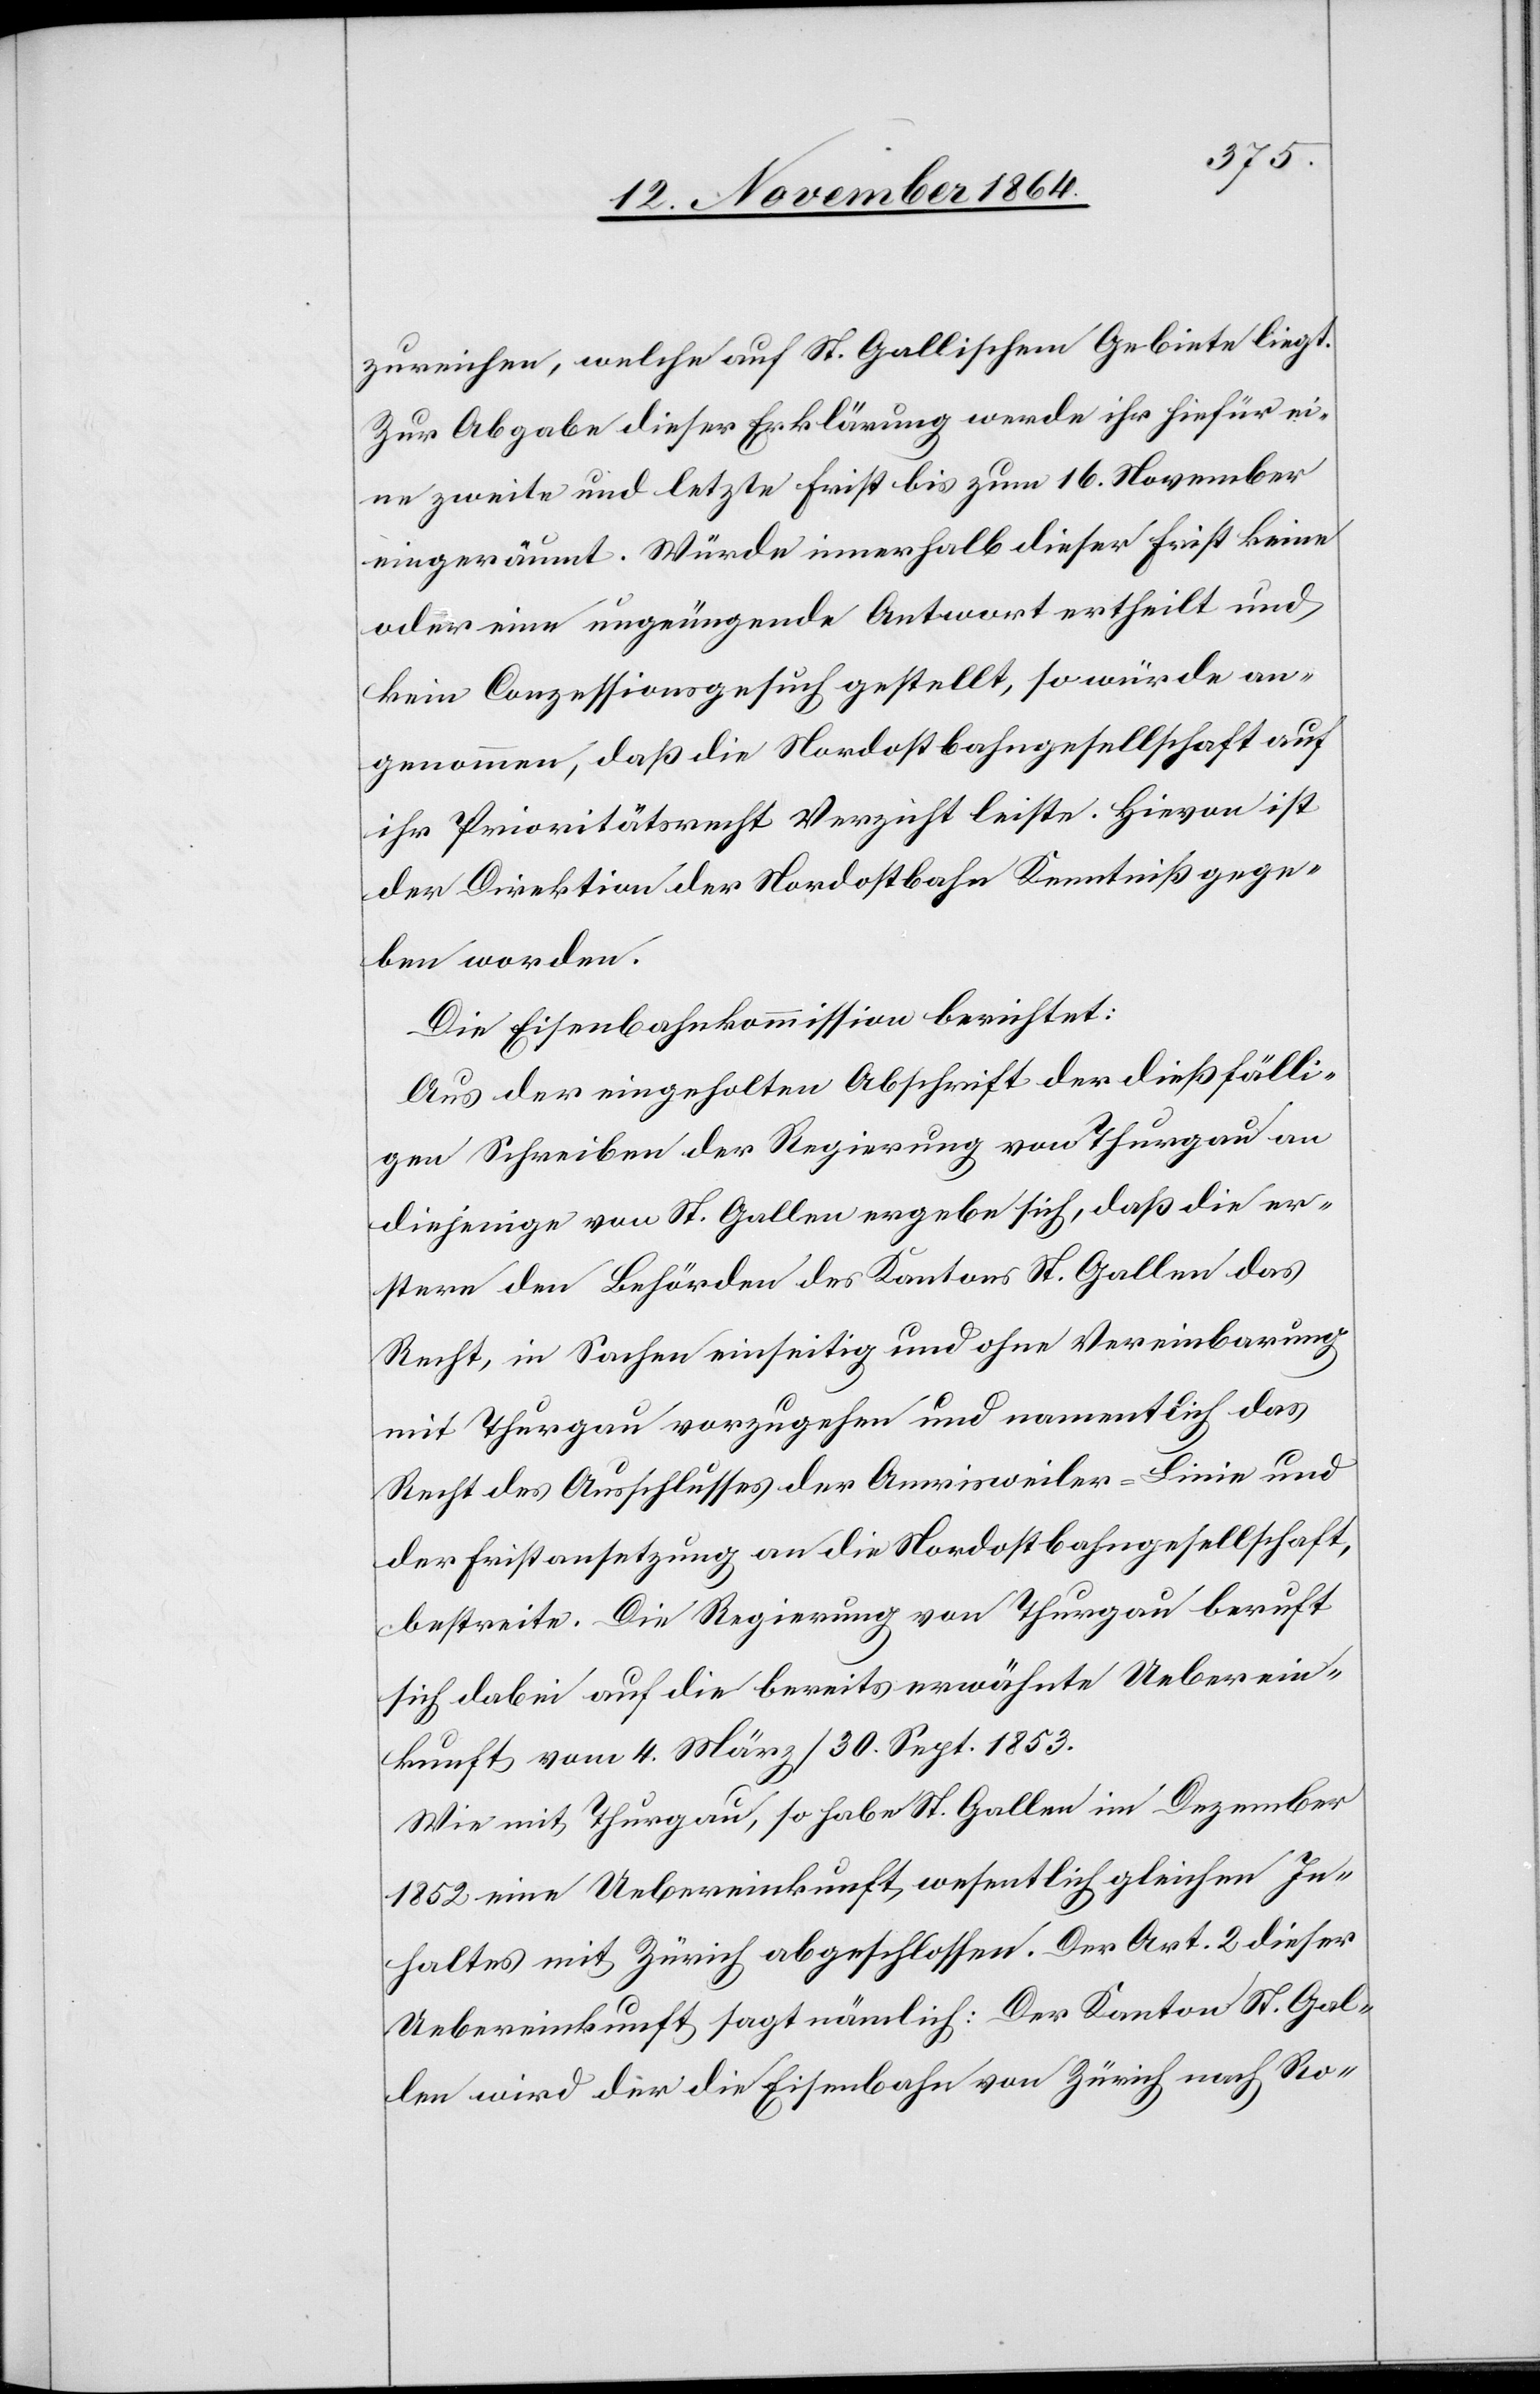
zureichen, welche auf St. Gallischem Gebiete liegt.
Zur Abgabe dieser Erklärung werde ihr hiefür ei¬
ne zweite und letzte Frist bis zum 16. November
eingeräumt. Würde innerhalb dieser Frist keine
oder eine ungenügende Antwort ertheilt und
kein Conzessionsgesuch gestellt, so würde an¬
genommen, daß die Nordostbahngesellschaft auf
ihr Prioritätsrecht Verzicht leiste. Hievon ist
der Direktion der Nordostbahn Kenntniß gege¬
ben worden.
Die Eisenbahnkommission berichtet:
Aus der eingeholten Abschrift der dießfälli¬
gen Schreiben der Regierung von Thurgau an
diejenige von St. Gallen ergebe sich, daß die er¬
stere den Behörden des Kantons St. Gallen das
Recht, in Sachen einseitig und ohne Vereinbarung
mit Thurgau vorzugehen und namentlich das
Recht des Anschlusses der Amrisweiler-Linie und
der Fristansetzung an die Nordostbahngesellschaft
bestreite. Die Regierung von Thurgau beruft
sich dabei auf die bereits erwähnte Ueberein¬
kunft vom 4. März/30. Sept. 1853.
Wie mit Thurgau, so habe St. Gallen im Dezember
1852 eine Uebereinkunft wesentlich gleichen In¬
halts mit Zürich abgeschlossen. Der Art. 2 dieser
Uebereinkunft sagt nämlich: Der Kanton St. Gal¬
len wird der die Eisenbahn von Zürich nach Ro-